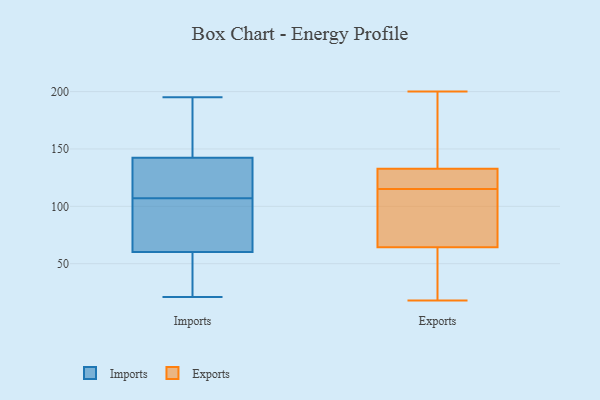
{"axis": {"x": "Gross Profit (USD K)", "y": "Value"}, "legend": ["Exports", "Imports"], "data": [{"x": "", "y": 119, "type": "Imports"}, {"x": "", "y": 190, "type": "Imports"}, {"x": "", "y": 155, "type": "Imports"}, {"x": "", "y": 70, "type": "Imports"}, {"x": "", "y": 25, "type": "Imports"}, {"x": "", "y": 110, "type": "Imports"}, {"x": "", "y": 107, "type": "Imports"}, {"x": "", "y": 108, "type": "Imports"}, {"x": "", "y": 138, "type": "Imports"}, {"x": "", "y": 62, "type": "Imports"}, {"x": "", "y": 88, "type": "Imports"}, {"x": "", "y": 55, "type": "Imports"}, {"x": "", "y": 21, "type": "Imports"}, {"x": "", "y": 93, "type": "Imports"}, {"x": "", "y": 40, "type": "Imports"}, {"x": "", "y": 181, "type": "Imports"}, {"x": "", "y": 195, "type": "Imports"}, {"x": "", "y": 117, "type": "Exports"}, {"x": "", "y": 159, "type": "Exports"}, {"x": "", "y": 112, "type": "Exports"}, {"x": "", "y": 50, "type": "Exports"}, {"x": "", "y": 181, "type": "Exports"}, {"x": "", "y": 124, "type": "Exports"}, {"x": "", "y": 18, "type": "Exports"}, {"x": "", "y": 200, "type": "Exports"}, {"x": "", "y": 117, "type": "Exports"}, {"x": "", "y": 28, "type": "Exports"}, {"x": "", "y": 103, "type": "Exports"}, {"x": "", "y": 69, "type": "Exports"}, {"x": "", "y": 115, "type": "Exports"}]}